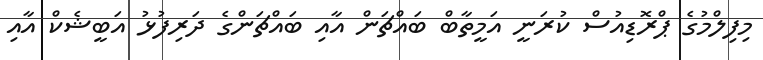
މިފިލްމުގެ ޕްރޮޑިއުސް ކުރަނީ އަމީތާބް ބައްޗަން އާއި ބައްޗަންގެ ދަރިފުޅު އަބީޝެކް އާއި